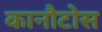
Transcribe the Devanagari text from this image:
कानौटोस